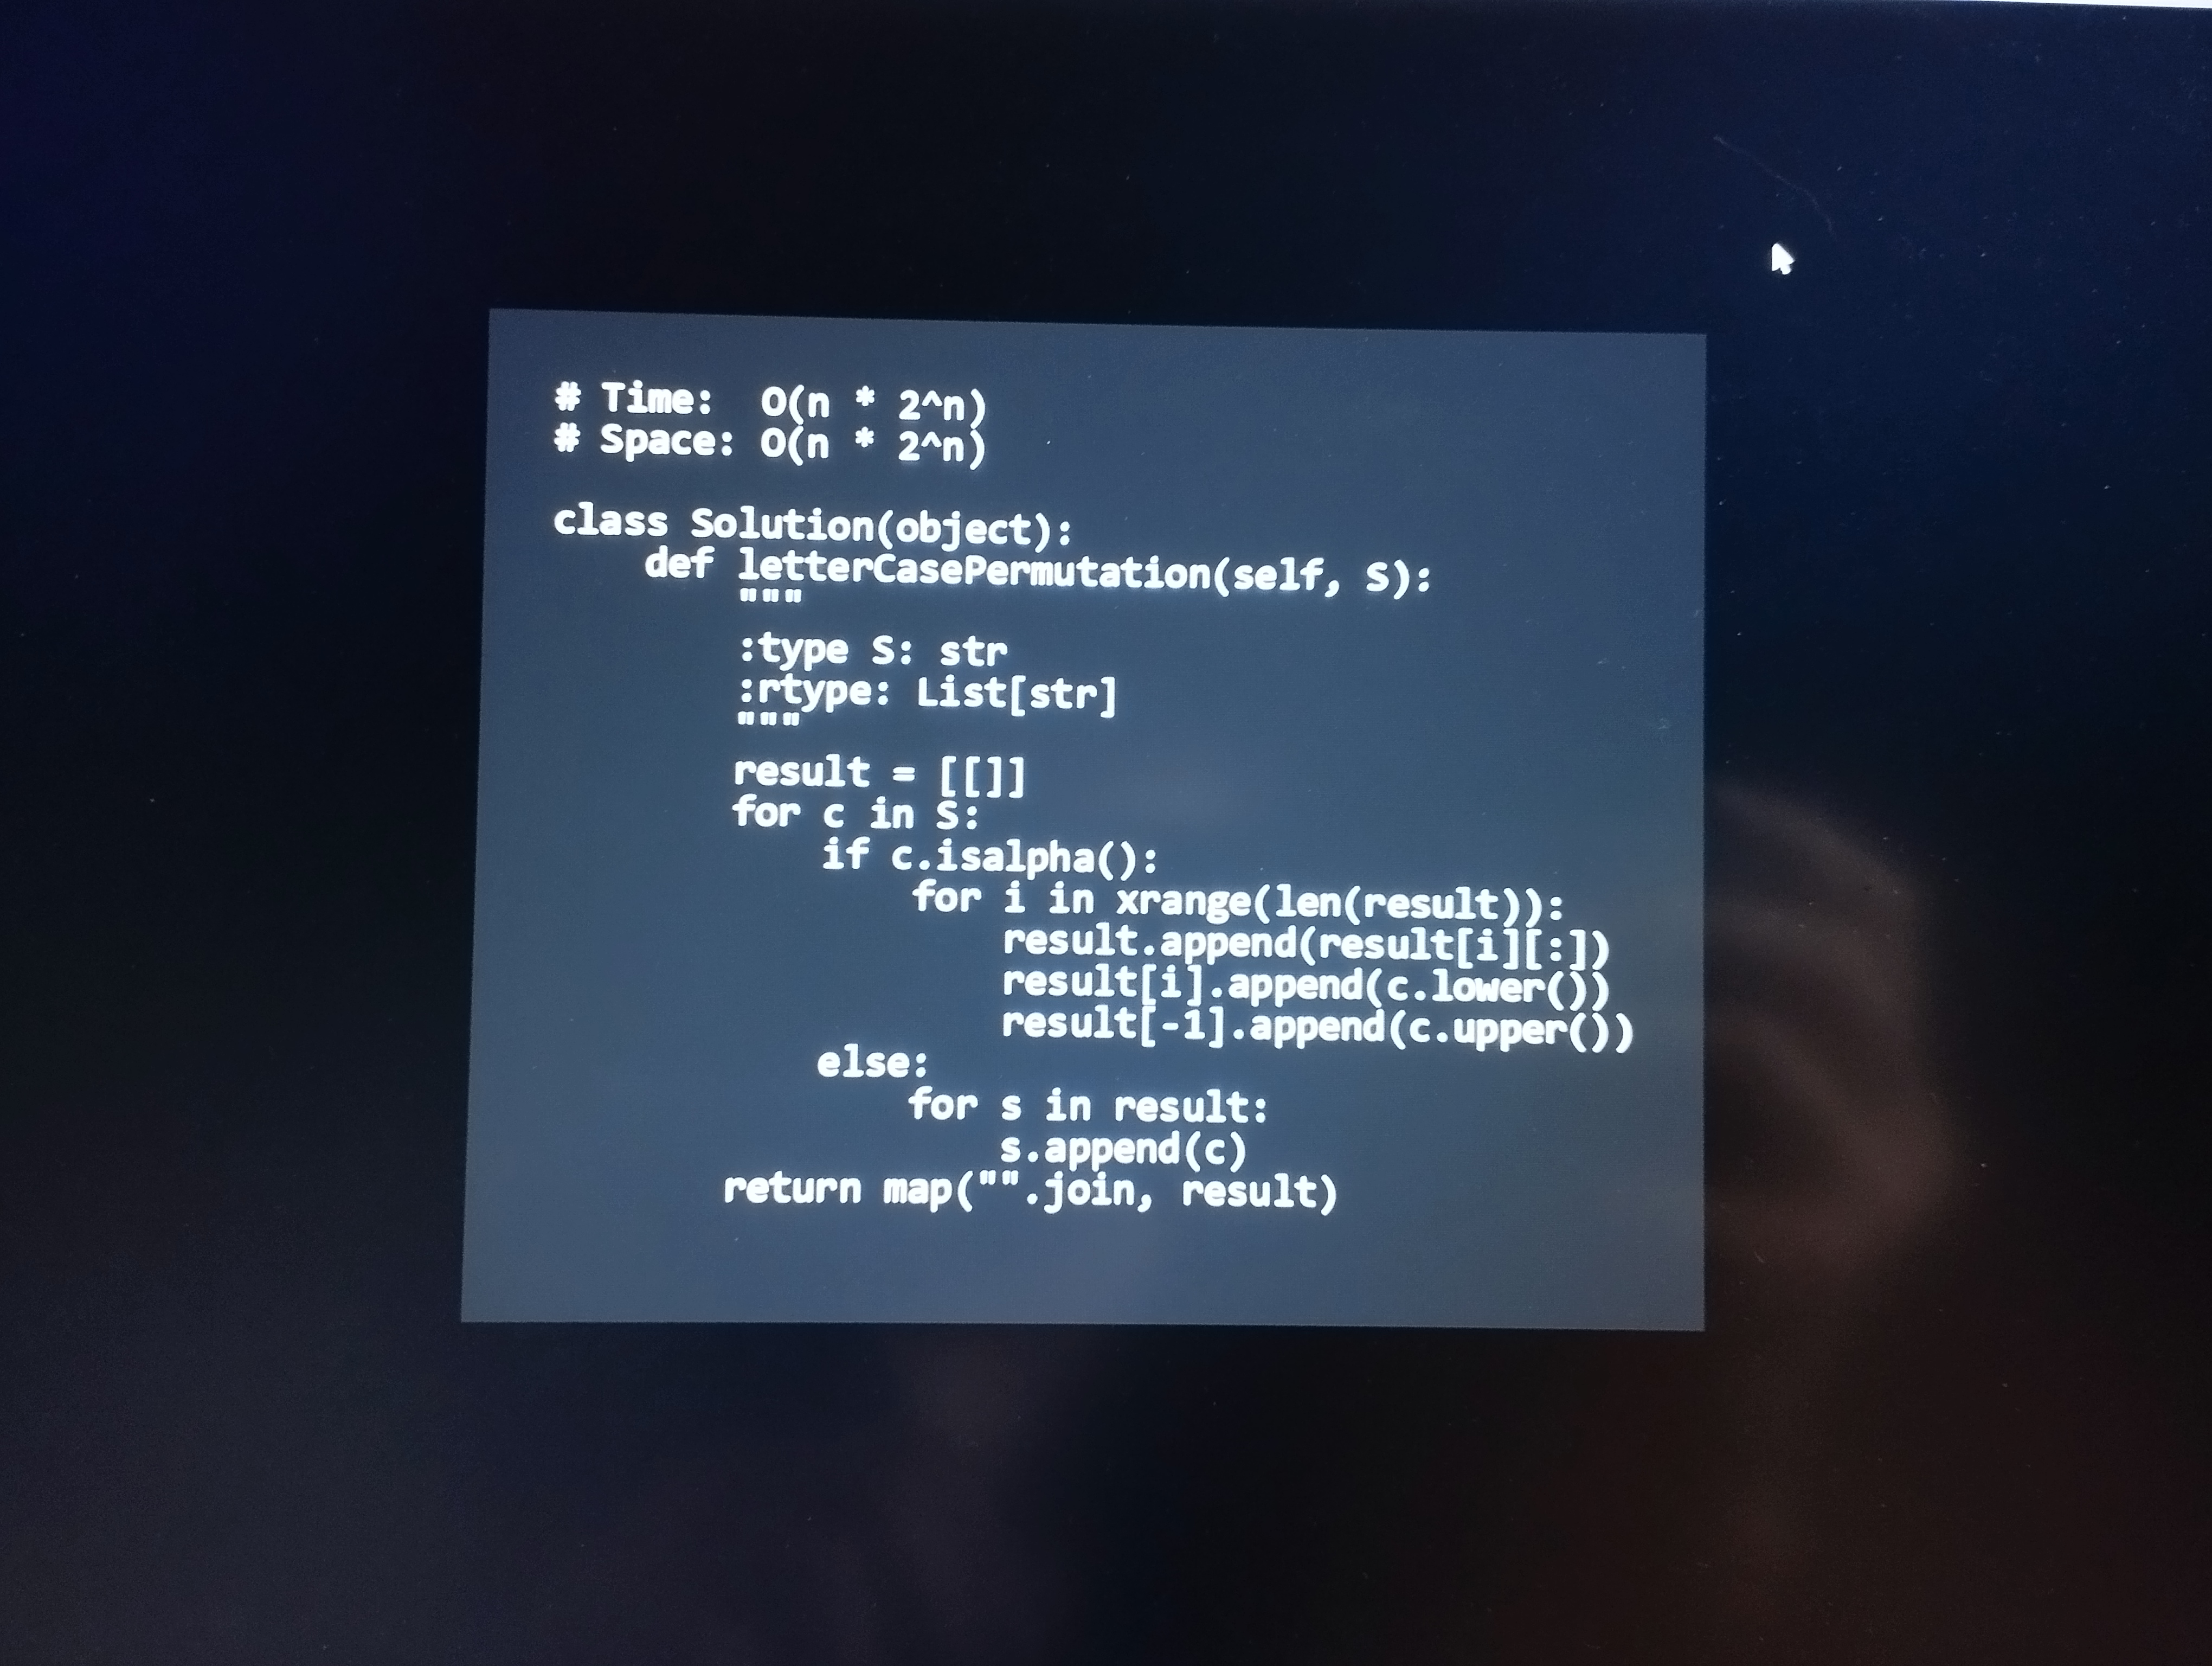
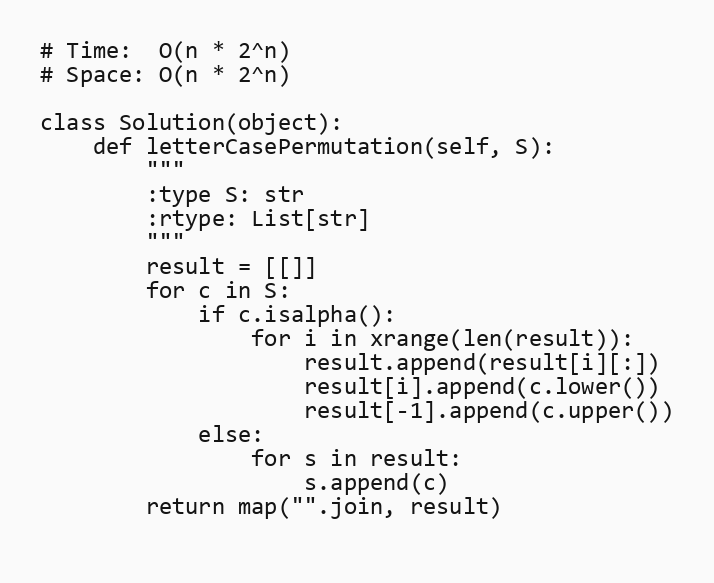
# Time:  O(n * 2^n)
# Space: O(n * 2^n)

class Solution(object):
    def letterCasePermutation(self, S):
        """
        :type S: str
        :rtype: List[str]
        """
        result = [[]]
        for c in S:
            if c.isalpha():
                for i in xrange(len(result)):
                    result.append(result[i][:])
                    result[i].append(c.lower())
                    result[-1].append(c.upper())
            else:
                for s in result:
                    s.append(c)
        return map("".join, result)